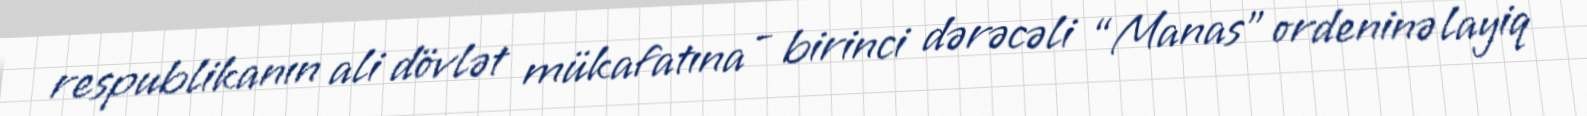
respublikanın ali dövlət mükafatına - birinci dərəcəli “Manas” ordeninə layiq